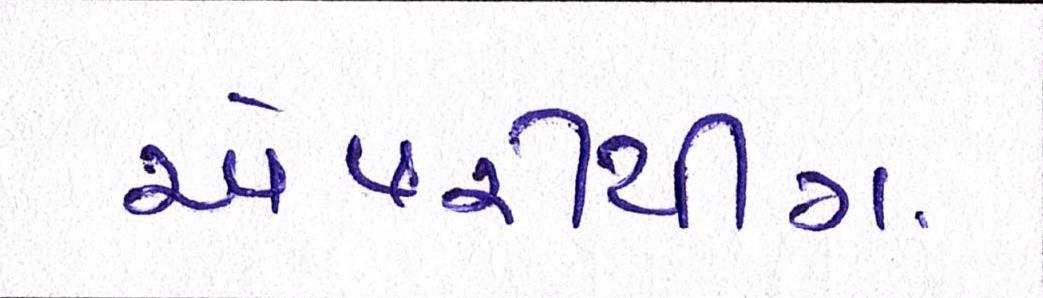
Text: એવરીથીંગ